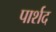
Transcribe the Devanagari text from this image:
पार्शद